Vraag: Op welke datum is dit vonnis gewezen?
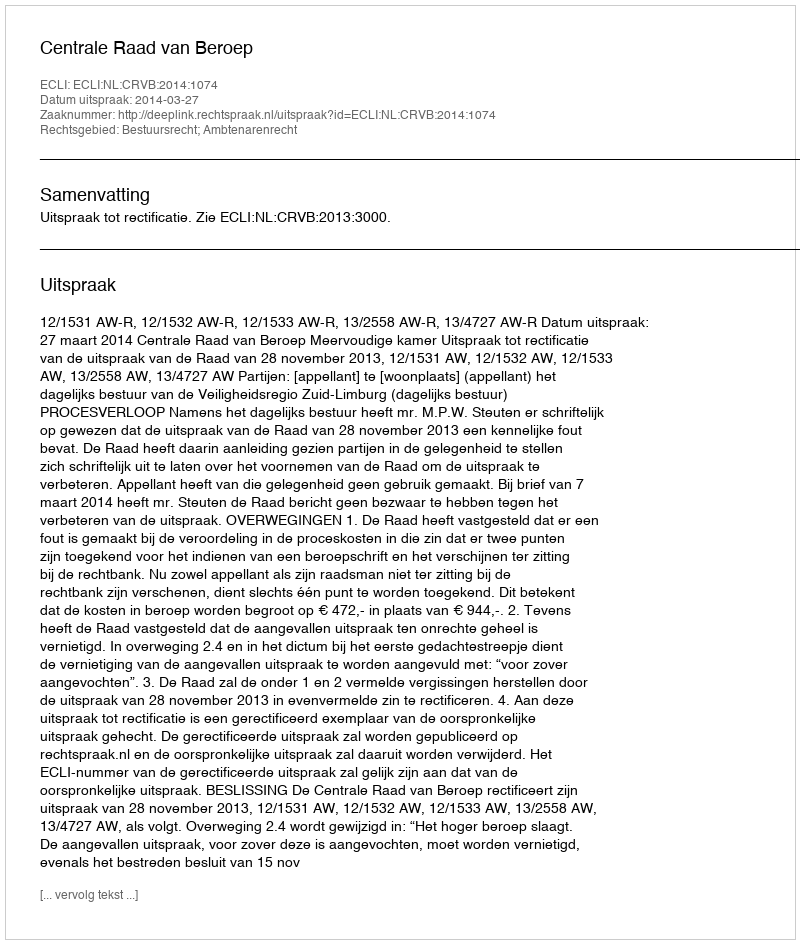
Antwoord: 2014-03-27